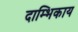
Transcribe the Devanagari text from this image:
दाम्भिकाय